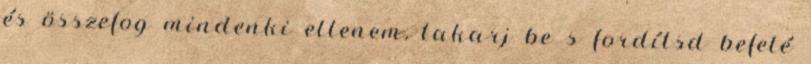
és összefog mindenki ellenem, takarj be s fordítsd befelé